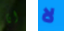
انا لا